Problem: 5 + 38 = ?
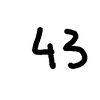
Handwritten answer: 43